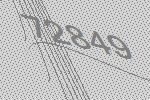
72849